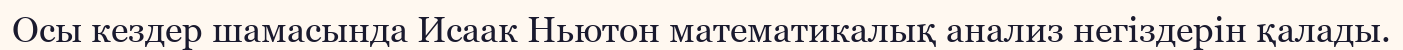
Осы кездер шамасында Исаак Ньютон математикалық анализ негіздерін қалады.